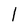
Character: l